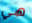
هي